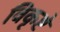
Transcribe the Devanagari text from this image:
विकृष्टे